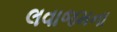
લવાજમના